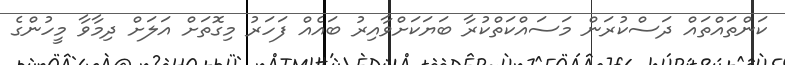
ކަންތައްތައް ދަސްކުރަން މަސައްކަތްކުރާ ބަޔަކަށްވާއިރު ބައެއް ފަހަރު މިގޮތަށް އަަލަށް ދިމާވާ މީހުންގެ